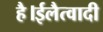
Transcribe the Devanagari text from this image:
है।ईलैत्वादी